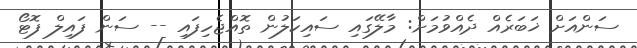
ސަންއަށް ޚަބަރެއް ދެއްވުމަށް: މާލޭގައި ސައިކަލުން ތޮއްޖެހިފައި -- ސަން ފައިލް ފޮޓޯ